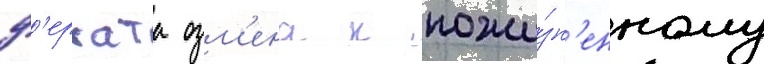
ф'ерхата озм'ена к пожи́зн'енному